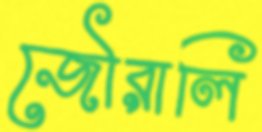
জৌরালি